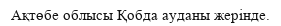
Ақтөбе облысы Қобда ауданы жерінде.